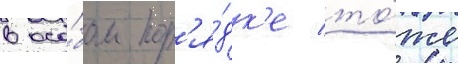
в осо́бом пор'я́дк'е то́же